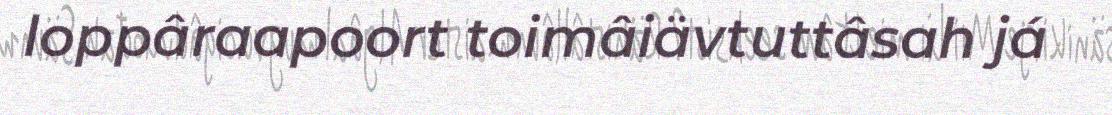
loppâraapoort toimâiävtuttâsah já